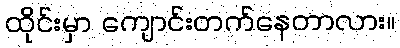
ထိုင်းမှာ ကျောင်းတက်နေတာလား။